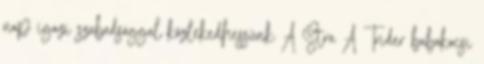
nap igazi szabadsággal közlekedhessünk A Stra A Trider babakocsi